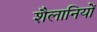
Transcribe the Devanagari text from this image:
शैलानियों